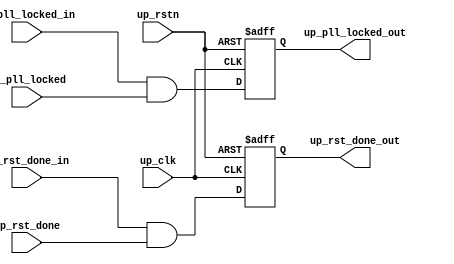
// ***************************************************************************
// ***************************************************************************
// Copyright 2014 - 2017 (c) Analog Devices, Inc. All rights reserved.
//
// In this HDL repository, there are many different and unique modules, consisting
// of various HDL (Verilog or VHDL) components. The individual modules are
// developed independently, and may be accompanied by separate and unique license
// terms.
//
// The user should read each of these license terms, and understand the
// freedoms and responsibilities that he or she has by using this source/core.
//
// This core is distributed in the hope that it will be useful, but WITHOUT ANY
// WARRANTY; without even the implied warranty of MERCHANTABILITY or FITNESS FOR
// A PARTICULAR PURPOSE.
//
// Redistribution and use of source or resulting binaries, with or without modification
// of this file, are permitted under one of the following two license terms:
//
//   1. The GNU General Public License version 2 as published by the
//      Free Software Foundation, which can be found in the top level directory
//      of this repository (LICENSE_GPL2), and also online at:
//      <https://www.gnu.org/licenses/old-licenses/gpl-2.0.html>
//
// OR
//
//   2. An ADI specific BSD license, which can be found in the top level directory
//      of this repository (LICENSE_ADIBSD), and also on-line at:
//      https://github.com/analogdevicesinc/hdl/blob/master/LICENSE_ADIBSD
//      This will allow to generate bit files and not release the source code,
//      as long as it attaches to an ADI device.
//
// ***************************************************************************
// ***************************************************************************

`timescale 1ns/1ps

module axi_adxcvr_mstatus (

  input           up_rstn,
  input           up_clk,

  input           up_pll_locked_in,
  input           up_rst_done_in,
  input           up_pll_locked,
  input           up_rst_done,
  output          up_pll_locked_out,
  output          up_rst_done_out);

  // parameters

  parameter   integer XCVR_ID = 0;
  parameter   integer NUM_OF_LANES = 8;

  // internal registers

  reg             up_pll_locked_int = 'd0;
  reg             up_rst_done_int = 'd0;

  // internal signals

  wire            up_pll_locked_s;
  wire            up_rst_done_s;

  // daisy-chain the signals

  assign up_pll_locked_out = up_pll_locked_int;
  assign up_rst_done_out = up_rst_done_int;

  assign up_pll_locked_s = (XCVR_ID < NUM_OF_LANES) ? up_pll_locked : 1'b1;
  assign up_rst_done_s = (XCVR_ID < NUM_OF_LANES) ? up_rst_done : 1'b1;

  always @(negedge up_rstn or posedge up_clk) begin
    if (up_rstn == 1'b0) begin
      up_pll_locked_int <= 1'd0;
      up_rst_done_int <= 1'd0;
    end else begin
      up_pll_locked_int <= up_pll_locked_in & up_pll_locked_s;
      up_rst_done_int <= up_rst_done_in & up_rst_done_s;
    end
  end

endmodule

// ***************************************************************************
// ***************************************************************************